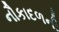
નૌકાદળની